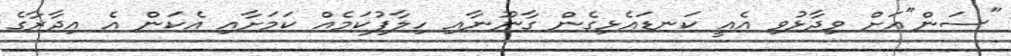
"ސަން"އަށް ވިދާޅުވި އެއީ ކަނޑައެޅިގެން ގާނޫނާއި ހިލާފުކަމެއް ކަމަށާއި އެކަން އެ އިދާރާގެ